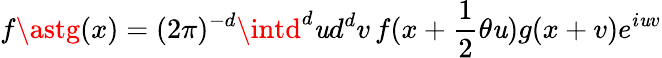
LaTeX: f\astg(x)=(2\pi)^{-d}\intd^{d}\mathit{u}d^{d}v\, f(x+\frac{{1}}{{2}}\theta\mathit{u})g(x+v)e^{i\mathit{u}v}